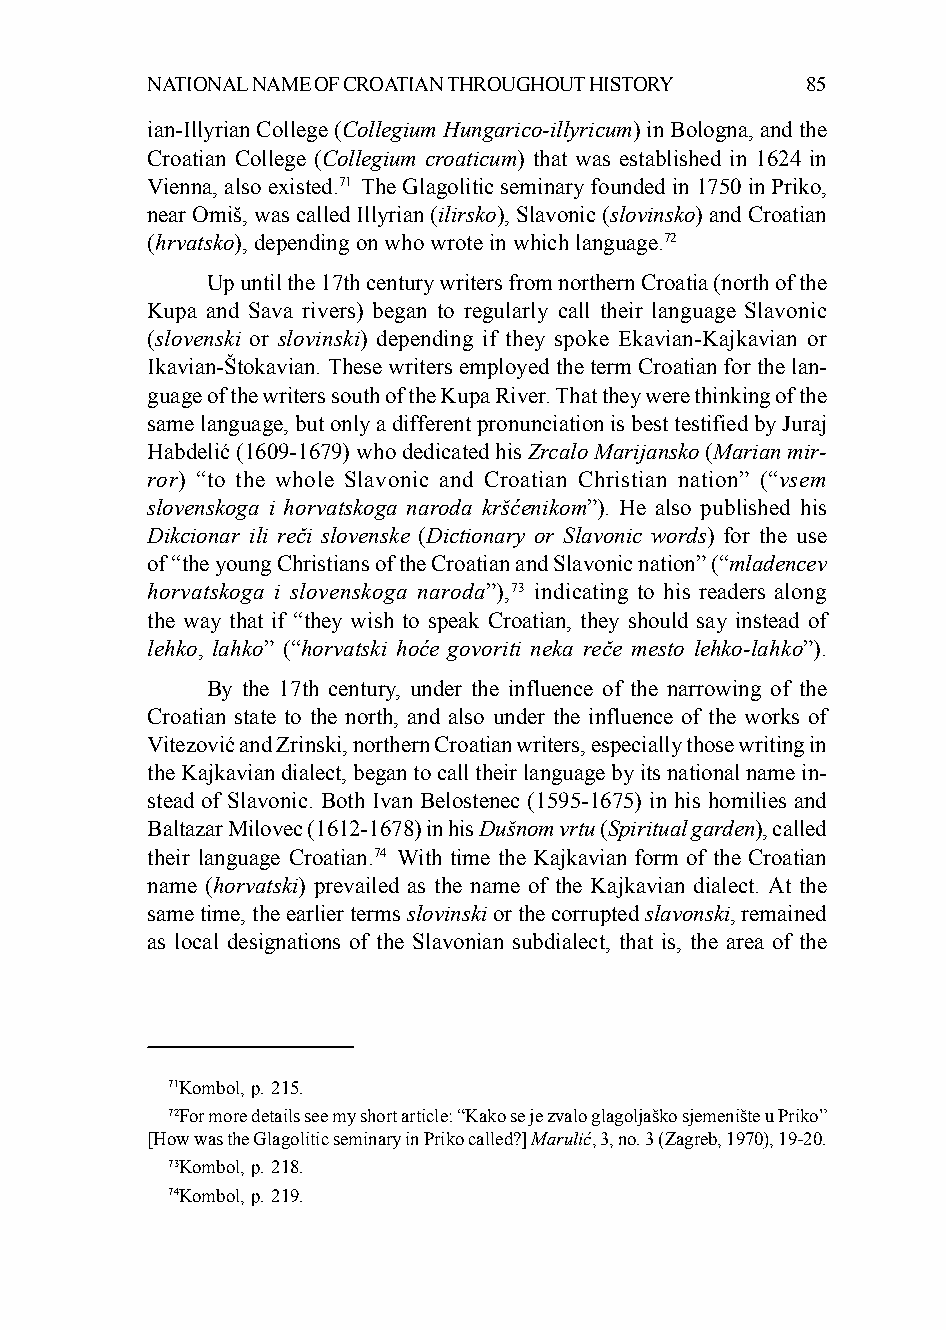
NATIONAL NAME OF CROATIAN THROUGHOUT HISTORY 85
 ian-Illyrian College (Collegium Hungarico-illyricum) in Bologna, and the
 Croatian College (Collegium croaticum) that was established in 1624 in
 Vienna, also existed.71 The Glagolitic seminary founded in 1750 in Priko,
 near Omiš, was called Illyrian (ilirsko), Slavonic (slovinsko) and Croatian
 (hrvatsko), depending on who wrote in which language.72
 Up until the 17th century writers from northern Croatia (north of the
 Kupa and Sava rivers) began to regularly call their language Slavonic
 (slovenski or slovinski) depending if they spoke Ekavian-Kajkavian or
 Ikavian-Štokavian. These writers employed the term Croatian for the lan-
 guage of the writers south of the Kupa River. That they were thinking of the
 same language, but only a different pronunciation is best testified by Juraj
 Habdelić (1609-1679) who dedicated his Zrcalo Marijansko (Marian mir-
 ror) “to the whole Slavonic and Croatian Christian nation” (“vsem
 slovenskoga i horvatskoga naroda kršćenikom”). He also published his
 Dikcionar ili reči slovenske (Dictionary or Slavonic words) for the use
 of “the young Christians of the Croatian and Slavonic nation” (“mladencev
 horvatskoga i slovenskoga naroda”),73 indicating to his readers along
 the way that if “they wish to speak Croatian, they should say instead of
 lehko, lahko” (“horvatski hoće govoriti neka reče mesto lehko-lahko”).
 By the 17th century, under the influence of the narrowing of the
 Croatian state to the north, and also under the influence of the works of
 Vitezović and Zrinski, northern Croatian writers, especially those writing in
 the Kajkavian dialect, began to call their language by its national name in-
 stead of Slavonic. Both Ivan Belostenec (1595-1675) in his homilies and
 Baltazar Milovec (1612-1678) in his Dušnom vrtu (Spiritual garden), called
 their language Croatian.74 With time the Kajkavian form of the Croatian
 name (horvatski) prevailed as the name of the Kajkavian dialect. At the
 same time, the earlier terms slovinski or the corrupted slavonski, remained
 as local designations of the Slavonian subdialect, that is, the area of the
 71Kombol, p. 215.
 72For more details see my short article: “Kako se je zvalo glagoljaško sjemenište u Priko”
 [How was the Glagolitic seminary in Priko called?] Marulić, 3, no. 3 (Zagreb, 1970), 19-20.
 73Kombol, p. 218.
 74Kombol, p. 219.